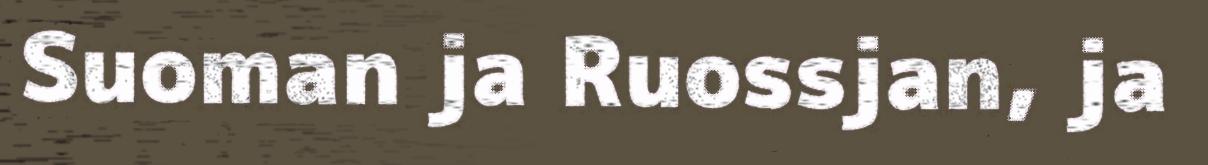
Suoman ja Ruossjan, ja